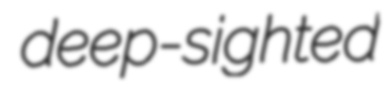
deep-sighted